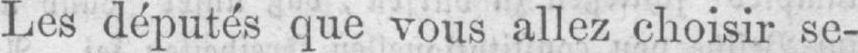
Les députés que vous allez choisir se-